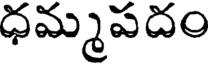
ధమ్మపదం